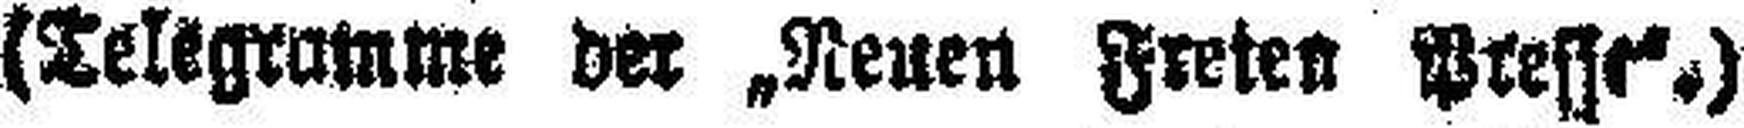
(Telegramme der „Neuen Freien Presse“.)